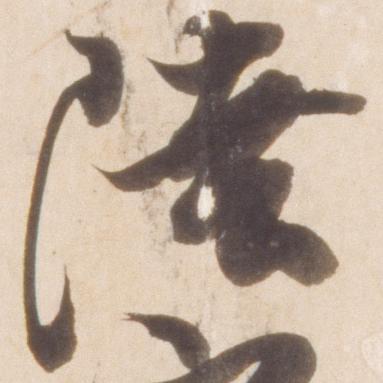
陸